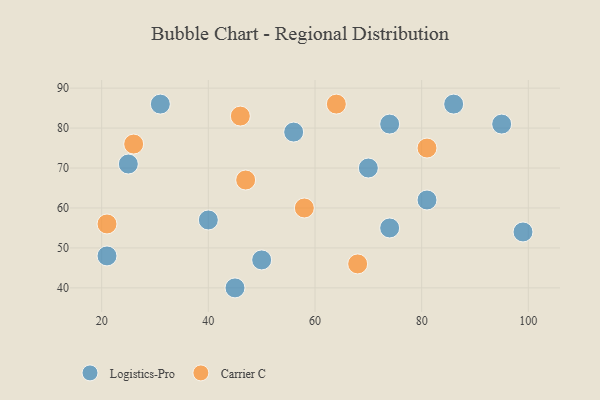
{"axis": {"x": "GDP", "y": "Life Expectancy"}, "legend": ["Carrier C", "Logistics-Pro"], "data": [{"x": "74", "y": 81, "type": "Logistics-Pro"}, {"x": "45", "y": 40, "type": "Logistics-Pro"}, {"x": "56", "y": 79, "type": "Logistics-Pro"}, {"x": "95", "y": 81, "type": "Logistics-Pro"}, {"x": "81", "y": 62, "type": "Logistics-Pro"}, {"x": "99", "y": 54, "type": "Logistics-Pro"}, {"x": "21", "y": 48, "type": "Logistics-Pro"}, {"x": "86", "y": 86, "type": "Logistics-Pro"}, {"x": "31", "y": 86, "type": "Logistics-Pro"}, {"x": "70", "y": 70, "type": "Logistics-Pro"}, {"x": "25", "y": 71, "type": "Logistics-Pro"}, {"x": "40", "y": 57, "type": "Logistics-Pro"}, {"x": "50", "y": 47, "type": "Logistics-Pro"}, {"x": "74", "y": 55, "type": "Logistics-Pro"}, {"x": "68", "y": 46, "type": "Carrier C"}, {"x": "64", "y": 86, "type": "Carrier C"}, {"x": "81", "y": 75, "type": "Carrier C"}, {"x": "26", "y": 76, "type": "Carrier C"}, {"x": "47", "y": 67, "type": "Carrier C"}, {"x": "58", "y": 60, "type": "Carrier C"}, {"x": "21", "y": 56, "type": "Carrier C"}, {"x": "46", "y": 83, "type": "Carrier C"}]}